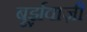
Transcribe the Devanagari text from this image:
बूर्झ़वाज़ी